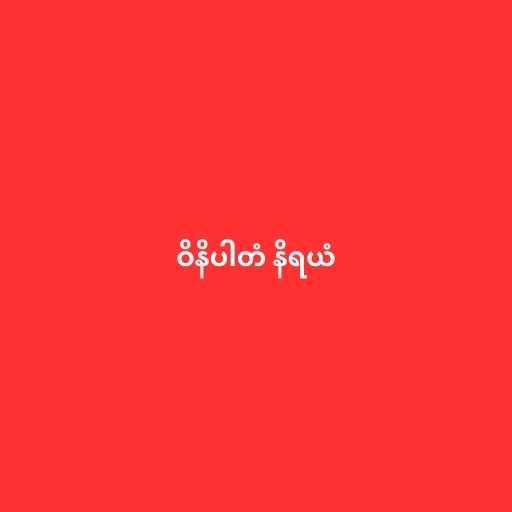
ဝိနိပါတံ နိရယံ